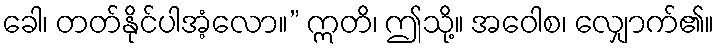
ခေါ၊ တတ်နိုင်ပါအံ့လော။” ဣတိ၊ ဤသို့။ အဝေါစ၊ လျှောက်၏။